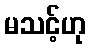
မသင့်ဟု